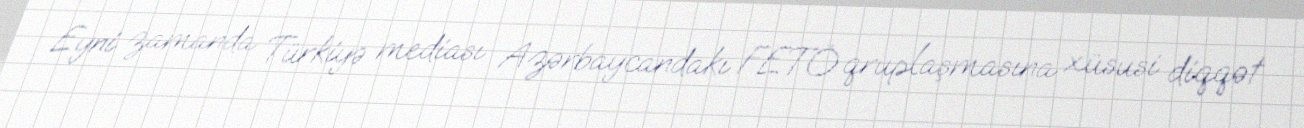
Eyni zamanda Türkiyə mediası Azərbaycandakı FETÖ qruplaşmasına xüsusi diqqət